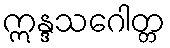
ဣန္ဒသဂေါတ္တ